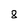
Character: 8